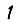
Digit: 1